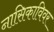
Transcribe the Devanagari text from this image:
नासिकाविवर